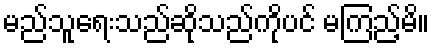
မည်သူရေးသည်ဆိုသည်ကိုပင် မကြည့်မိ။